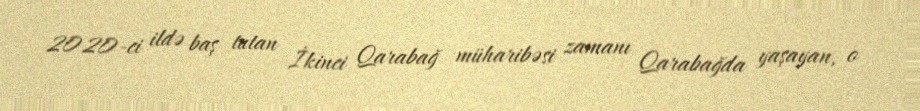
2020-ci ildə baş tutan İkinci Qarabağ müharibəsi zamanı Qarabağda yaşayan, o